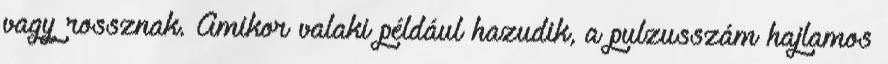
vagy rossznak. Amikor valaki például hazudik, a pulzusszám hajlamos